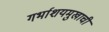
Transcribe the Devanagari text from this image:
गर्भाशयमुखाची